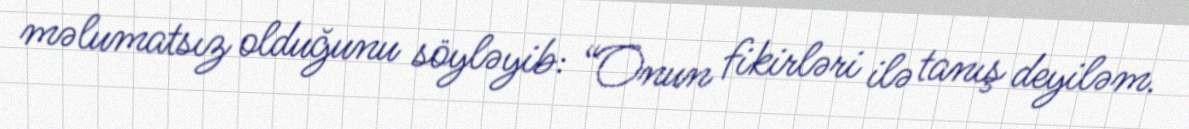
məlumatsız olduğunu söyləyib: “Onun fikirləri ilə tanış deyiləm.